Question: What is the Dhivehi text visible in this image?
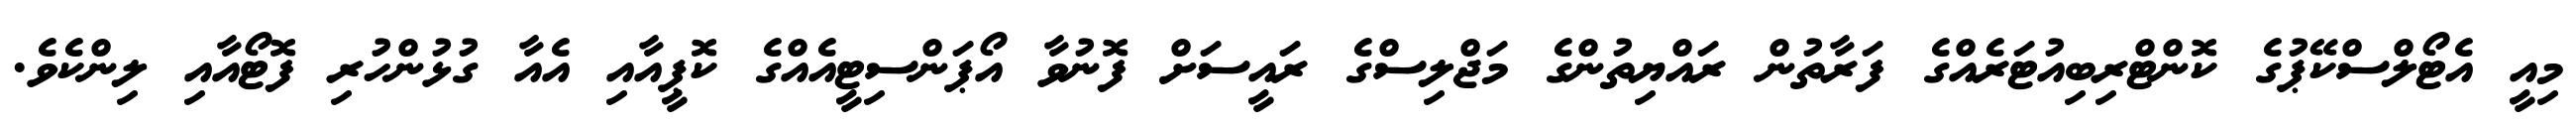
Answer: މިއީ އެޓޯލްސްކޭޕުގެ ކޮންޓްރިބިއުޓަރެއްގެ ފަރާތުން ރައްޔިތުންގެ މަޖްލިސްގެ ރައީސަށް ފޮނުވާ އޯޕަންސިޓީއެއްގެ ކޮޕީއާއި އެއާ ގުޅުންހުރި ފޮޓޯއާއި ލިންކެވެ.